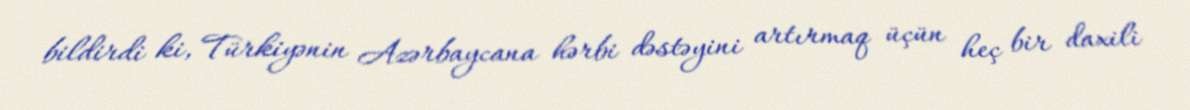
bildirdi ki, Türkiyənin Azərbaycana hərbi dəstəyini artırmaq üçün heç bir daxili